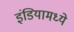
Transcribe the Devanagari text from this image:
इंडियामध्‍ये